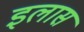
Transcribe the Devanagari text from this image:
इलास